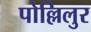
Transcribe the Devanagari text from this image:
पोल्लिलुर